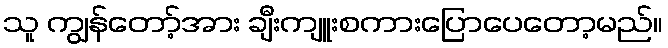
သူ ကျွန်တော့်အား ချီးကျူးစကားပြောပေတော့မည်။